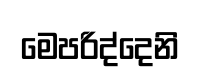
මෙපරිද්දෙනි